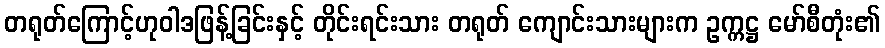
တရုတ်ကြောင့်ဟုဝါဒဖြန့်ခြင်းနှင့် တိုင်းရင်းသား တရုတ် ကျောင်းသားများက ဥက္ကဋ္ဌ မော်စီတုံး၏